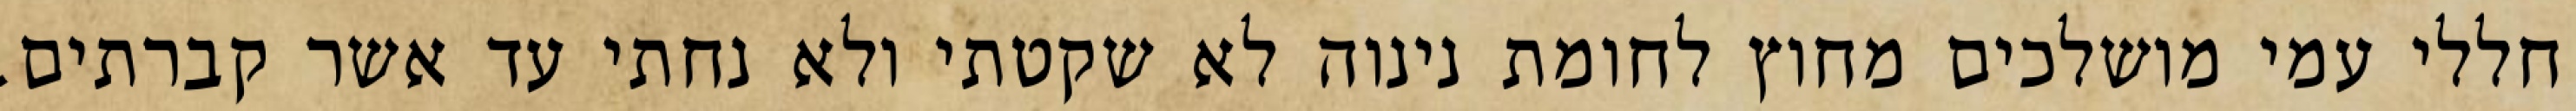
חללי עמי מושלכים מחוץ לחומת נינוה לא שקטתי ולא נחתי עד אשר קברתים.